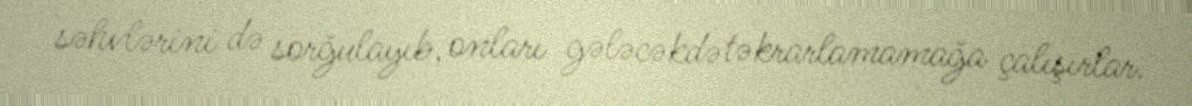
səhvlərini də sorğulayıb, onları gələcəkdə təkrarlamamağa çalışırlar.